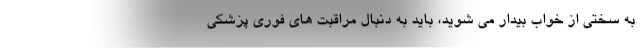
به سختی از خواب بیدار می شوید، باید به دنبال مراقبت های فوری پزشکی